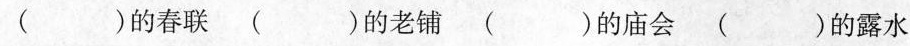
( )的春联( )的老铺( )的庙会( )的露水